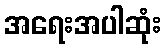
အရေးအပါဆုံး